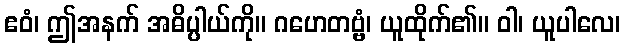
ဧဝံ၊ ဤအနက် အဓိပ္ပါယ်ကို။ ဂဟေတဗ္ဗံ၊ ယူထိုက်၏။ ဝါ၊ ယူပါလေ၊